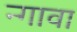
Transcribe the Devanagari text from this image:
न्गावा